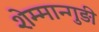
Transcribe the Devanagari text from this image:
शेम्मान्गुड़ी